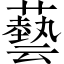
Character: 藝